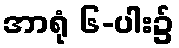
အာရုံ ၆-ပါး၌